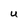
Character: U